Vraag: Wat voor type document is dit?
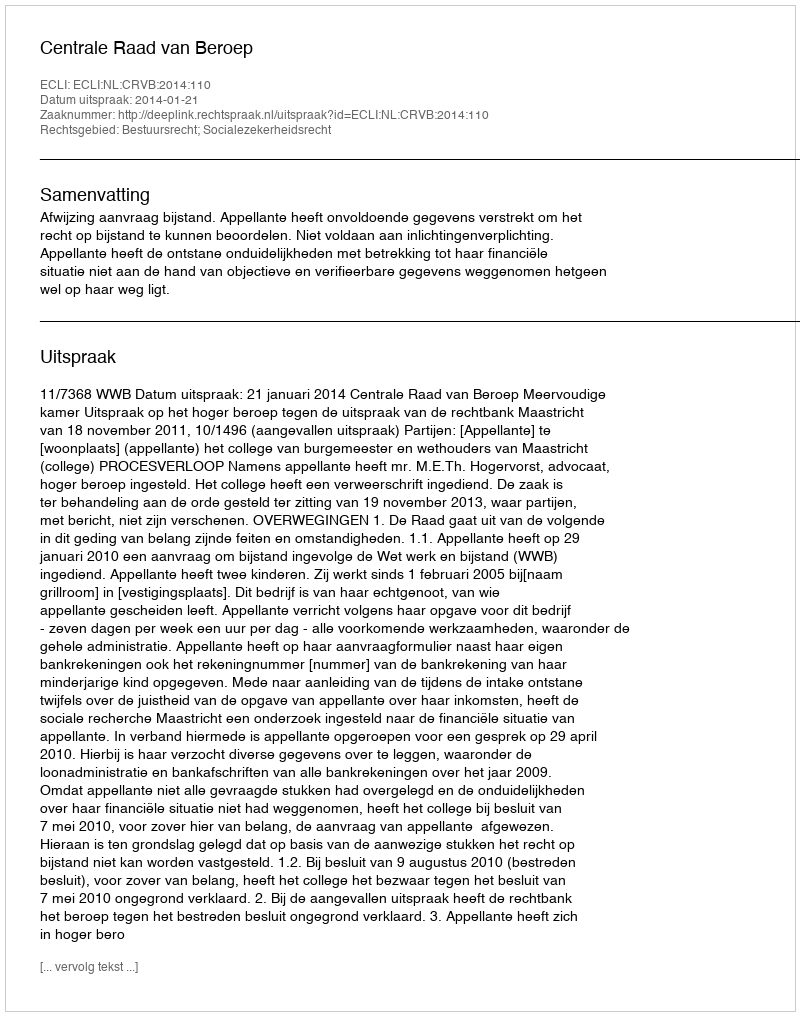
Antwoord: Uitspraak